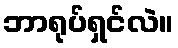
ဘာရုပ်ရှင်လဲ။